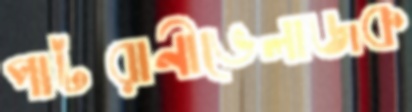
পাটরানীভেলাজক